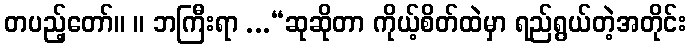
တပည့်တော်။ ။ ဘကြီးရာ ...“ဆုဆိုတာ ကိုယ့်စိတ်ထဲမှာ ရည်ရွယ်တဲ့အတိုင်း